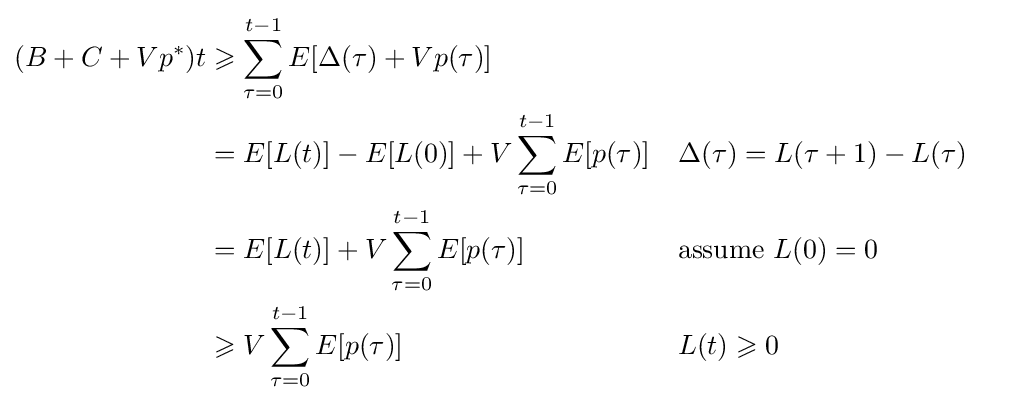
{\begin{aligned}(B+C+Vp^{*})t&\geqslant \sum _{\tau =0}^{t-1}E[\Delta (\tau )+Vp(\tau )]\\&=E[L(t)]-E[L(0)]+V\sum _{\tau =0}^{t-1}E[p(\tau )]&&\Delta (\tau )=L(\tau +1)-L(\tau )\\&=E[L(t)]+V\sum _{\tau =0}^{t-1}E[p(\tau )]&&{\text{assume }}L(0)=0\\&\geqslant V\sum _{\tau =0}^{t-1}E[p(\tau )]&&L(t)\geqslant 0\end{aligned}}